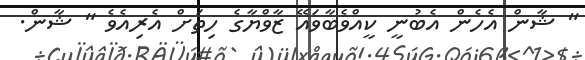
" ޝާން އެހެން އެބުނީ ކީއްވެބާވައޭ ޒާވްޔާގެ ހިތަށް އެރިއެވެ " ޝާން.